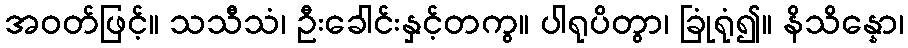
အဝတ်ဖြင့်။ သသီသံ၊ ဦးခေါင်းနှင့်တကွ။ ပါရုပိတွာ၊ ခြုံရုံ၍။ နိသိန္နော၊